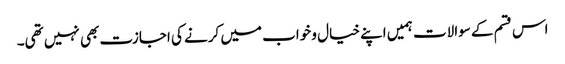
اس قسم کے سوالات ہمیں اپنے خیال و خواب میں کرنے کی اجازت بھی نہیں تھی۔